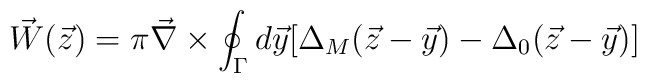
\vec{W}(\vec{z}) = \pi \vec{\nabla}\times \oint_{\Gamma} d\vec{y} [\Delta_M(\vec{z}-\vec{y})-\Delta_0(\vec{z}-\vec{y})]